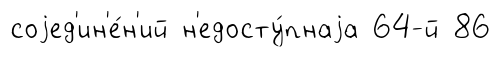
соjед'ин'е́н'ий н'едосту́пнаjа 64-й 86